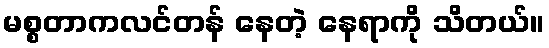
မစ္စတာကလင်တန် နေတဲ့ နေရာကို သိတယ်။